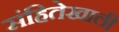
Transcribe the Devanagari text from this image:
संहितेखाली